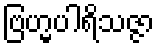
ဗြဟ္မပါရိသဇ္ဇာ